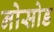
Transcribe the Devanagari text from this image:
नोसोड